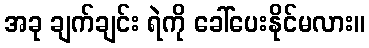
အခု ချက်ချင်း ရဲကို ခေါ်ပေးနိုင်မလား။